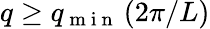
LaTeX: q\geq q_{\mathrm{~m~i~n~}}\, (2\pi/L)